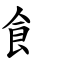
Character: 飠